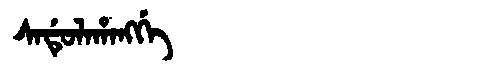
Manchu: ᠰᠠᡩᡠᠯᠠᡥᠠᠩᡤᡝ
Romanization: SADULAHANGGE